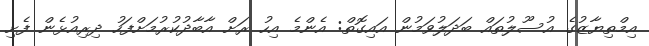
އިމްތިޔާޒުގެ އުސޫލުތައް ބަދަލުވަމުން އައިގޮތް: އެންމެ އިހު ރަށް އާބާދުކުރުމަށްފަހު ދިރިއުޅެން ފެށި